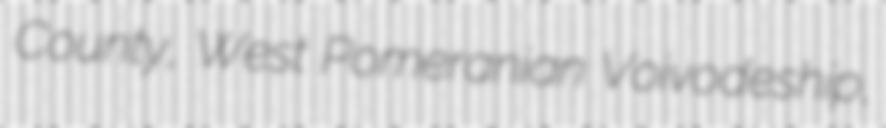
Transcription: County, West Pomeranian Voivodeship,